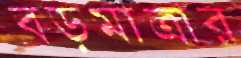
বড়মাত্রার